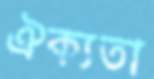
ঐক্যতা